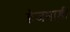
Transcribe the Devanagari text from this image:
हेजमाड़ी